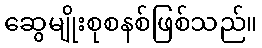
ဆွေမျိုးစုစနစ်ဖြစ်သည်။